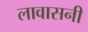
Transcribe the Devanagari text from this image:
लावासनी